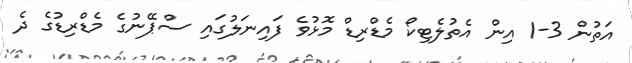
އަތުން 3-1 އިން އެތުލެޓިކޯ މެޑްރިޑް މޮޅުވެ ފައިނަލުގައި ސްޕޭނުގެ މެޑްރިޑުގެ ދެ